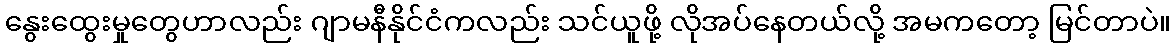
နွေးထွေးမှုတွေဟာလည်း ဂျာမနီနိုင်ငံကလည်း သင်ယူဖို့ လိုအပ်နေတယ်လို့ အမကတော့ မြင်တာပဲ။